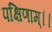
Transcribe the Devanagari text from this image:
पक्षिणाम्।।